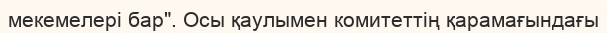
мекемелері бар". Осы қаулымен комитеттің қарамағындағы